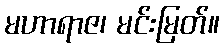
မဟာရာဇ၊ မင်းမြတ်။